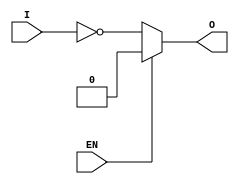
module active_low_buffer(
    input I,
    input EN,
    output O
);

assign O = EN ? 1'b0 : ~I;

endmodule